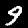
Label: 9